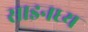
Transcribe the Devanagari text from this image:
साइनध्य